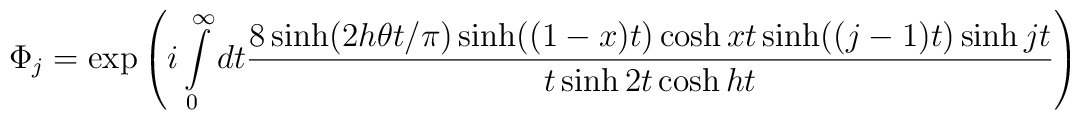
\Phi _j=\exp \left( i\int\limits_0^\infty dt\frac{8\sinh (2h\theta t/\pi )\sinh((1-x)t)\cosh xt\sinh ((j-1)t)\sinh jt}{t\sinh 2t\cosh ht}\right)